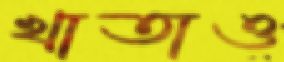
খাতাও